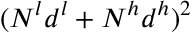
( N ^ { l } d ^ { l } + N ^ { h } d ^ { h } ) ^ { 2 }